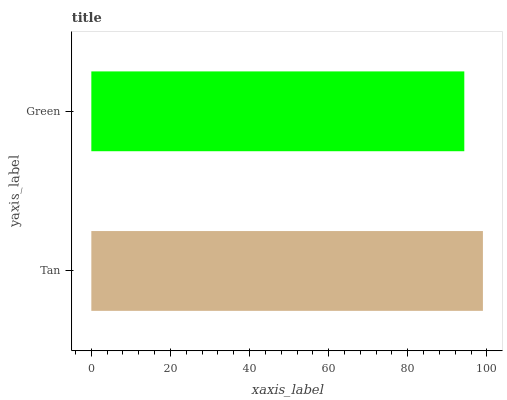
| yaxis_label | bars |
 | --- | --- |
 | Tan | 99 |
 | Green | 94.3 |